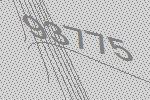
93775